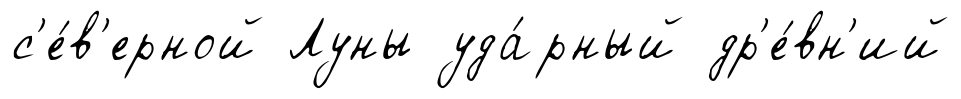
с'е́в'ерной Луны уда́рный др'е́вн'ий